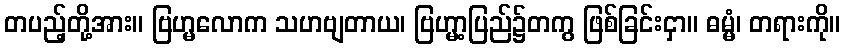
တပည့်တို့အား။ ဗြဟ္မလောက သဟဗျတာယ၊ ဗြဟ္မာ့ပြည်၌တကွ ဖြစ်ခြင်းငှာ။ ဓမ္မံ၊ တရားကို။